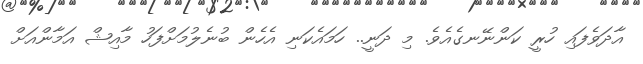
އާދަވެފައި ހުރީ ކަންނޭނގެއެވެ. މި ދަނީ.. ހަމައެކަނި އެހެން ބުނެލުމަށްފަހު މާއިޝް އަމާންއަށް